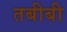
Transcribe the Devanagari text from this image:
तबीबी